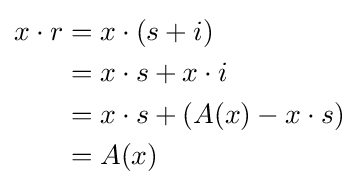
{\begin{aligned}x\cdot r&=x\cdot (s+i)\\&=x\cdot s+x\cdot i\\&=x\cdot s+\left(A(x)-x\cdot s\right)\\&=A(x)\end{aligned}}